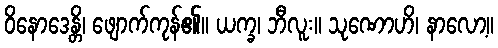
ဝိနောဒေန္တိ၊ ဖျောက်ကုန်၏။ ယက္ခ၊ ဘီလူး။ သုဏောဟိ၊ နာလော့။